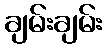
ချမ်းချမ်း